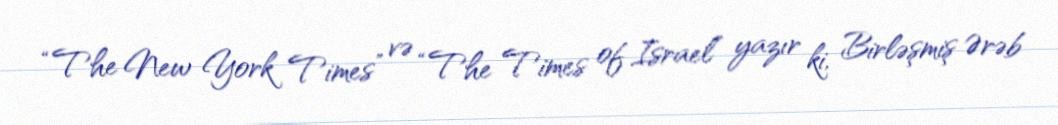
“The New York Times” və “The Times of Israel” yazır ki, Birləşmiş Ərəb